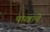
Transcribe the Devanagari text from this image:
पाखाने